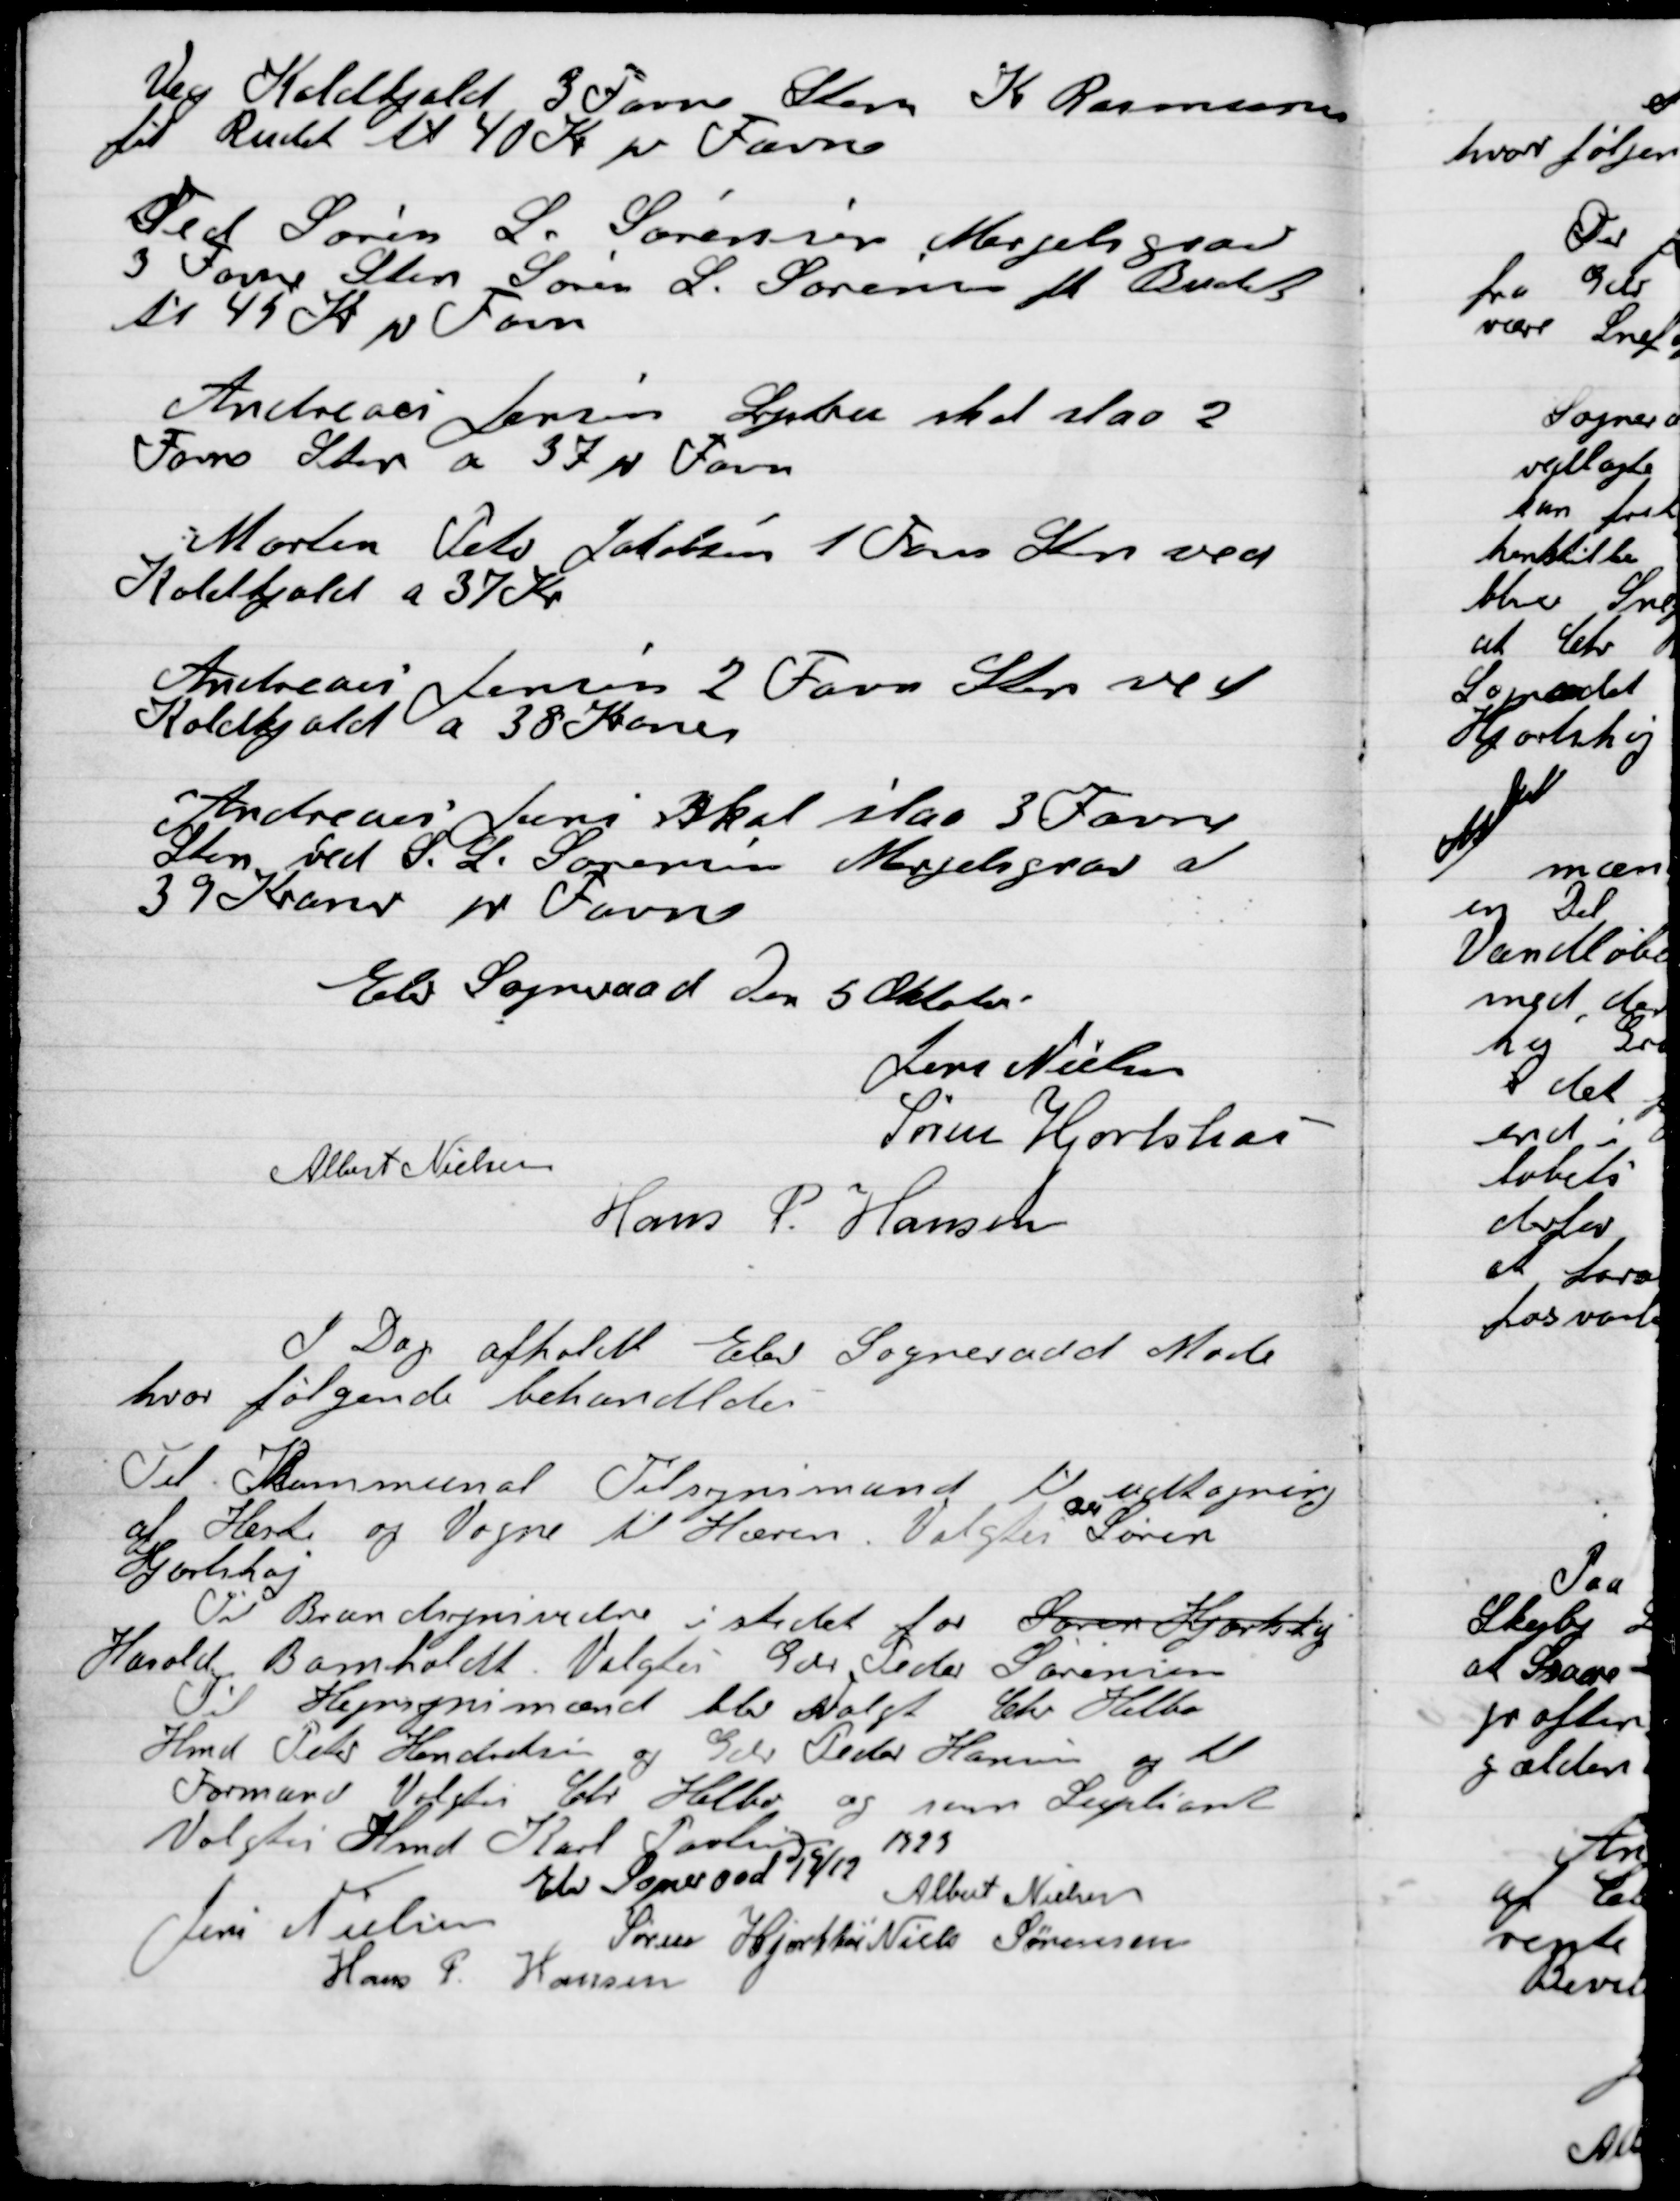
Transskription:
Veg Koldtjald 3 Favne Sten K Rasmussen
fik Budet til 40 Kr pr Favne

Ved Søren L. Sørensen Mergelgrav
3 Favne Sten Søren L. Sørensen fik Budet
til 45 Kr pr Favn

Andreas Jensen Lystrup skal slaa 2
Favne Sten af 37 pr Favn

Morten Peter Jakobsen 1 Favn Sten ved
Koldtjald a 37 Kr

Andreas Jensen 2 Favn sten ved
Koldkjald af 38 Kroner

Andreas Jensen skal slaa 3 Favne
Sten ved S. L. Sørensen Mergelgrav a
39 Kroner pr Favn

Elev Sogneraad Den 5 Oktober

Jens Nielsen,
Albert Nielsen,
Søren Hjorthøi
Hans P. Hansen

I Dag afholdt Elev Sogneraad Møde
Hvor følgende behandledes

Til Kommunal Tilsynsmand til udtagning
af Heste og Vogne til Hæren Valgtes Søren
Hjorthøj.
Til Brandsynsvidne i stedet for Søren Hjortshøj
Harald Bomholdt valgtes Gdr. Peder Sørensen
Til Hegnsynsmænd blev Valgt Chr. Helbo
Hmd Peter Hendriksen og Gdr. Peder Hansen og til
Formand valgtes Chr. Helbo og som Suppleant
Valgtes Hmd Karl Poulsen
Elev Sogneraad 19/12
1923
Jens Nielsen
Albert Nielsen
Søren Hjorthøi
Niels Sørensen
Hans P. Hansen